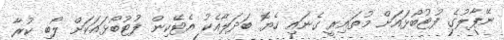
ނޭޕާލުގެ ފުޓުބޯޅައަށް މުތައިރީ ގެނައި ހެޔޮ ބަދަލާއެކު އެޓޭކިން ފުޓުބޯޅައަކަށް ލޯބި ކުރާ